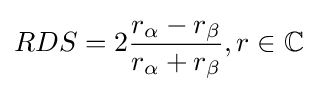
RDS=2{\frac {r_{\alpha }-r_{\beta }}{r_{\alpha }+r_{\beta }}},r\in \mathbb {C}